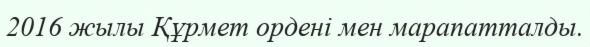
2016 жылы Құрмет ордені мен марапатталды.